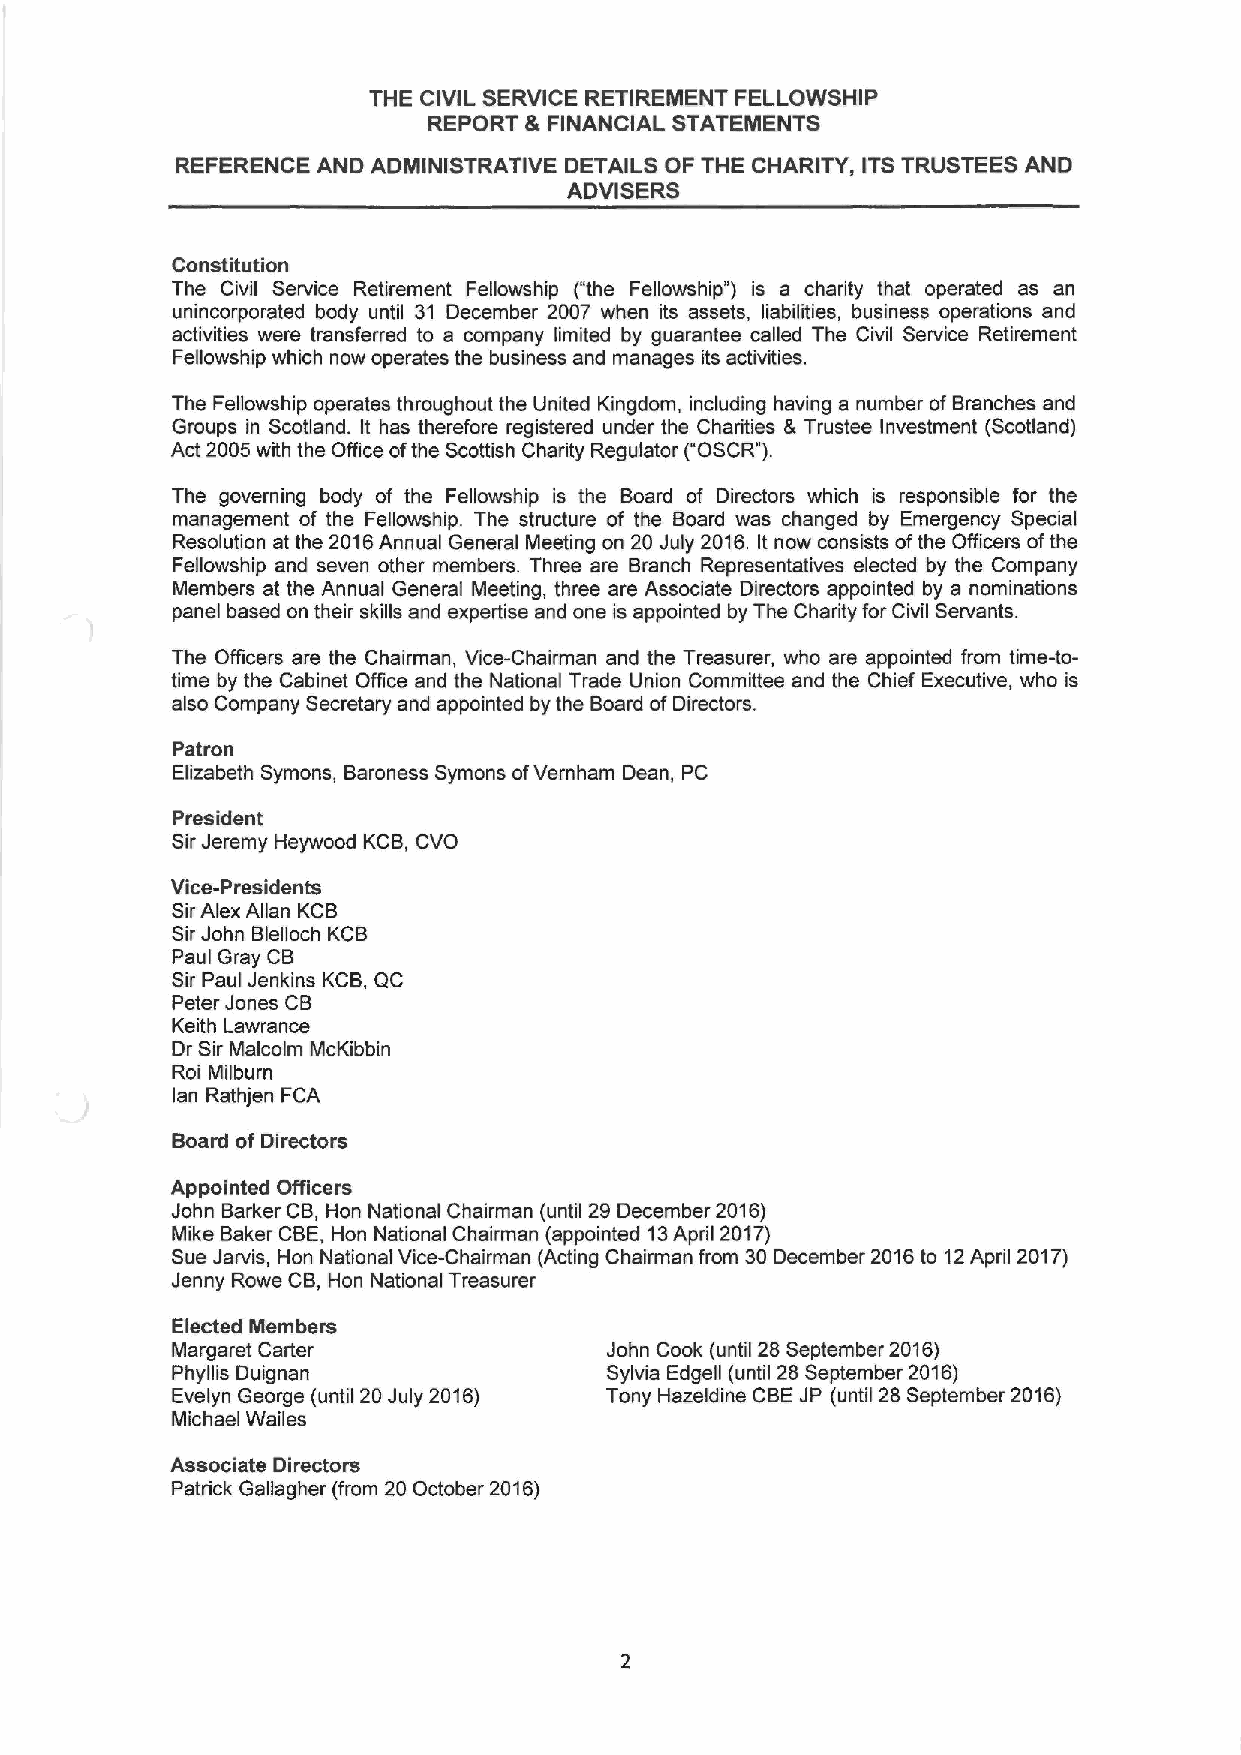
THE CIVIL SERVICE RETIREMENT FELLOWSHIP
 REPORT 8 FINANCIAL STATEMENTS
 REFERENCE AND ADMINISTRATIVE DETAILS OF THE CHARITY, ITSTRUSTEES AND
 ADVISERS
 Constitution
 The Civil Service Retirement Fellowship ("the Fellowship" ) is a charity that operated as an
 unincorporated body until 31 December 2007 when its assets, liabilities, business operations and
 activities were transferred to a company limited by guarantee called The Civil Service Retirement
 Fellowship which now operates the business and manages its activities.
 The Fellowship operates throughout the United Kingdom, including having a number of Branches and
 Groups in Scotland. It has therefore registered under the Charities &Trustee Investment (Scotland)
 Act 2005 with the Office ofthe Scottish Charity Regulator ("OSCR").
 The governing body of the Fellowship is the Board of Directors which is responsible for the
 management of the Fellowship. The structure of the Board was changed by Emergency Special
 Resolution at the 2016Annual General Meeting on 20 July 2016.It now consists ofthe Officers ofthe
 Fellowship and seven other members. Three are Branch Representatives elected by the Company
 Members at the Annual General Meeting, three are Associate Directors appointed by a nominations
 panel based on their skills and expertise and one is appointed by The Charity for Civil Servants.
 The Officers are the Chairman, Vice-Chairman and the Treasurer, who are appointed from time-to-
 time by the Cabinet Office and the National Trade Union Committee and the Chief Executive, who is
 also Company Secretary and appointed by the Board ofDirectors.
 Patron
 Elizabeth Symons, Baroness Symons ofVernham Dean, PC
 President
 Sir Jeremy Heywood KCB, CVO
 Vice-Presidents
 SirAlex Allan KCB
 Sir John Blelloch KCB
 Paul Gray CB
 Sir Paul Jenkins KCB, QC
 Peter Jones CB
 Keith Lawrance
 Dr Sir Malcolm McKibbin
 Roi Milburn
 lan Rathjen FCA
 Board of Directors
 Appointed Officers
 John Barker CB, Hon National Chairman (until 29 December 2016)
 Mike Baker CBE, Hon National Chairman (appointed 13April 2017)
 Sue Jarvis, Hon National Vice-Chairman (Acting Chairman from 30December 2016to 12April 2017)
 Jenny Rowe CB, Hon National Treasurer
 Elected Members
 Margaret Carter              John Cook (until 28 September 2016)
 Phyllis Duignan              Sylvia Edgell (until 28 September 2016)
 Evelyn George (until 20 July 2016) Tony Hazeldine CBEJP (until 28 September 2016)
 Michael Wailes
 Associate Directors
 Patrick Gallagher (from 20 October 2016)